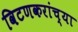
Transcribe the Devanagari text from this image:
विटणकरांच्या